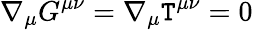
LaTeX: \nabla_{\mu}G^{\mu\nu}=\nabla_{\mu}\mathtt{T}^{\mu\nu}=0